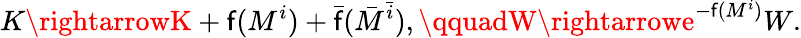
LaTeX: K\rightarrowK+\mathsf{f}(M^{i})+\bar{{\mathsf{f}}}(\bar{{M}}^{\bar{{i}}}),\qquadW\rightarrowe^{-\mathsf{f}(M^{i})}W.